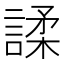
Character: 𫍅